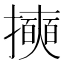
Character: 𱡄